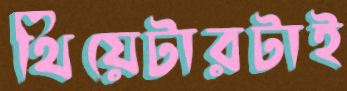
থিয়েটারটাই